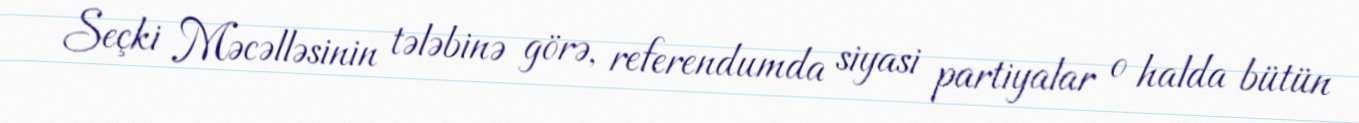
Seçki Məcəlləsinin tələbinə görə, referendumda siyasi partiyalar o halda bütün